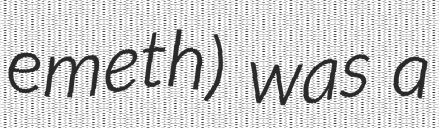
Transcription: emeth) was a